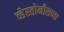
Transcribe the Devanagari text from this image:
व्हेस्तोनीसच्या